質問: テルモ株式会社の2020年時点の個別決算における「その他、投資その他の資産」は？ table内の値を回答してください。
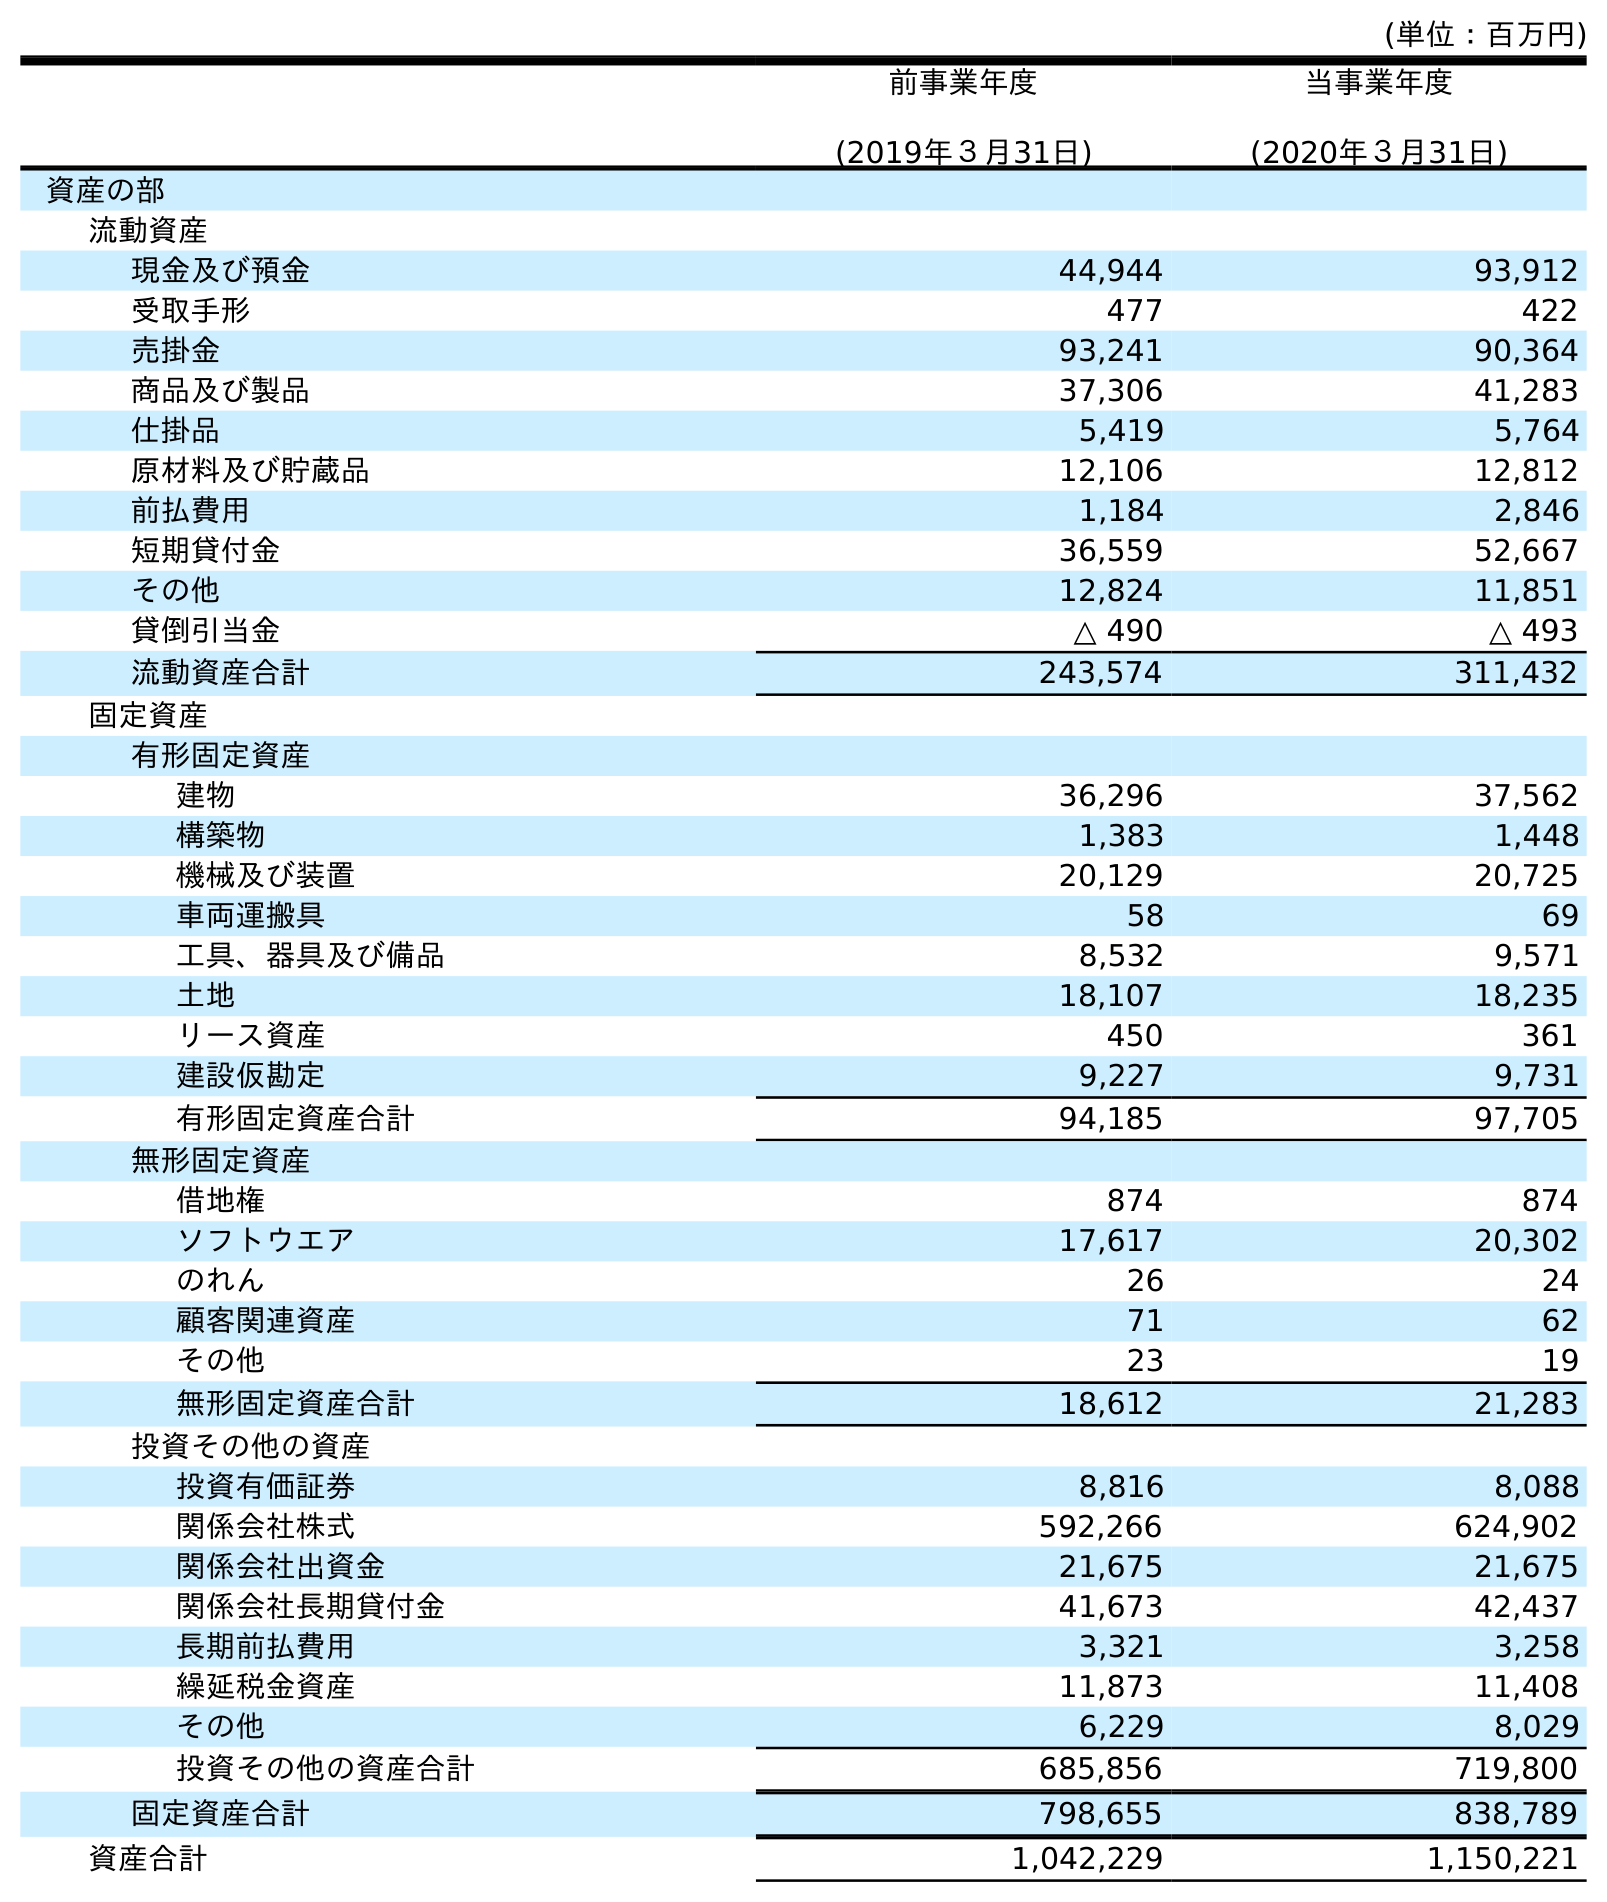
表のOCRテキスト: (単位：百万円) 前事業年度 (2019年３月31日) 当事業年度 (2020年３月31日) 資産の部 流動資産 現金及び預金 44,944 93,912 受取手形 477 422 売掛金 93,241 90,364 商品及び製品 37,306 41,283 仕掛品 5,419 5,764 原材料及び貯蔵品 12,106 12,812 前払費用 1,184 2,846 短期貸付金 36,559 52,667 その他 12,824 11,851 貸倒引当金 △ 490 △ 493 流動資産合計 243,574 311,432 固定資産 有形固定資産 建物 36,296 37,562 構築物 1,383 1,448 機械及び装置 20,129 20,725 車両運搬具 58 69 工具、器具及び備品 8,532 9,571 土地 18,107 18,235 リース資産 450 361 建設仮勘定 9,227 9,731 有形固定資産合計 94,185 97,705 無形固定資産 借地権 874 874 ソフトウエア 17,617 20,302 のれん 26 24 顧客関連資産 71 62 その他 23 19 無形固定資産合計 18,612 21,283 投資その他の資産 投資有価証券 8,816 8,088 関係会社株式 592,266 624,902 関係会社出資金 21,675 21,675 関係会社長期貸付金 41,673 42,437 長期前払費用 3,321 3,258 繰延税金資産 11,873 11,408 その他 6,229 8,029 投資その他の資産合計 685,856 719,800 固定資産合計 798,655 838,789 資産合計 1,042,229 1,150,221
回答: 8,029